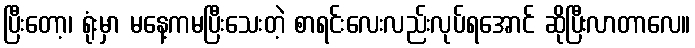
ပြီးတော့၊ ရုံးမှာ မနေ့ကမပြီးသေးတဲ့ စာရင်းလေးလည်းလုပ်ရအောင် ဆိုပြီးလာတာလေ။